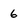
Character: 6